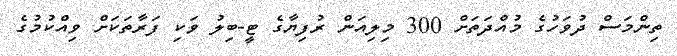
ތިންމަސް ދުވަހުގެ މުއްދަތަށް 300 މިލިއަން ރުފިޔާގެ ޓީ-ބިލު ވަކި ފަރާތަކަށް ވިއްކުމުގެ